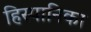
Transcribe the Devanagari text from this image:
हिस्पानिका